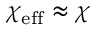
\chi _ { \mathrm { e f f } } \approx \chi